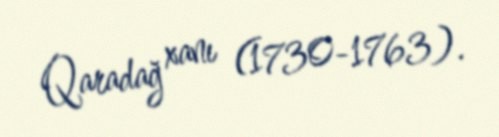
Qaradağ xanı (1730-1763).